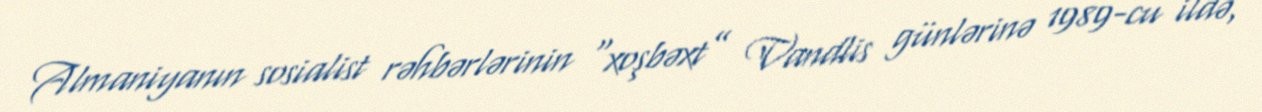
Almaniyanın sosialist rəhbərlərinin “xoşbəxt” Vandlis günlərinə 1989-cu ildə,